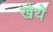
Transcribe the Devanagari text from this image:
खेये